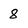
Character: 8